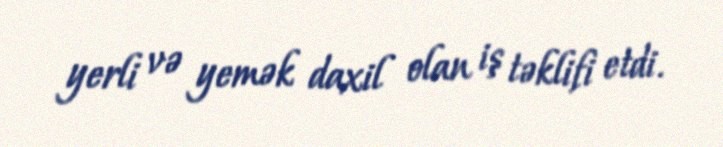
yerli və yemək daxil olan iş təklifi etdi.